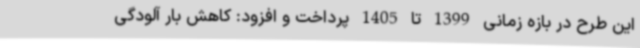
این طرح در بازه زمانی 1399 تا 1405 پرداخت و افزود: کاهش بار آلودگی